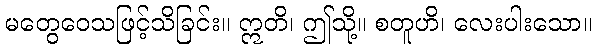
မတွေဝေသဖြင့်သိခြင်း။ ဣတိ၊ ဤသို့။ စတူဟိ၊ လေးပါးသော။